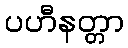
ပဟီနတ္တာ